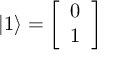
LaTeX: | 1 \rangle = { \left[ \begin{array} { l } { 0 } \\ { 1 } \end{array} \right] }